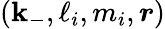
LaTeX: {(\mathbf{k}_{-},\ell_{i},m_{i},\boldsymbol{r})}